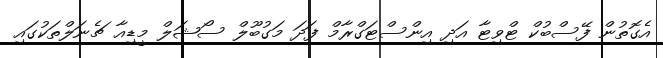
އެގޮތުން ފޭސްބުކް ޓްވިޓާ އަދި އިންސްޓަގްރާމް ފަދަ މަގުބޫލް ސޯޝަލް މީޑިއާ ޗެނަލްތަކުގައި